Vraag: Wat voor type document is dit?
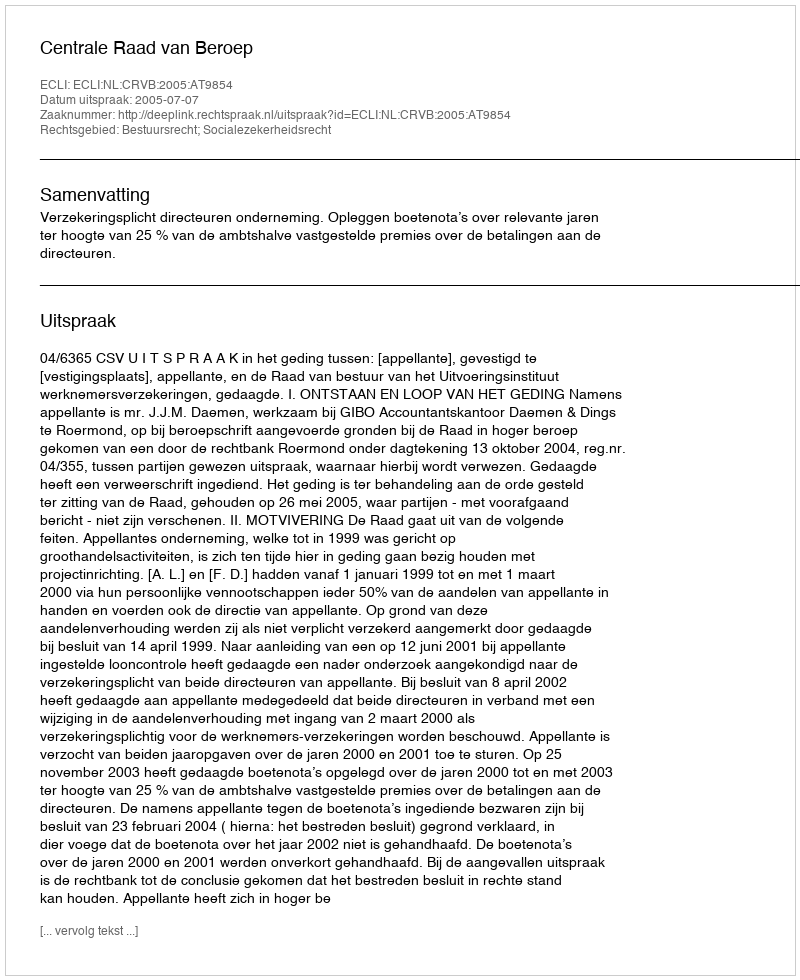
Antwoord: Uitspraak